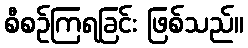
စီစဉ်ကြရခြင်း ဖြစ်သည်။